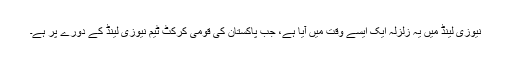
نیوزی لینڈ میں یہ زلزلہ ایک ایسے وقت میں آیا ہے، جب پاکستان کی قومی کرکٹ ٹیم نیوزی لینڈ کے دورے پر ہے۔